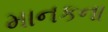
માનકના